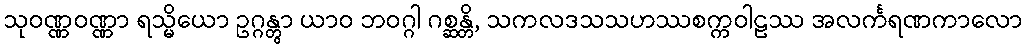
သုဝဏ္ဏဝဏ္ဏာ ရသ္မိယော ဥဂ္ဂန္တွာ ယာဝ ဘဝဂ္ဂါ ဂစ္ဆန္တိ, သကလဒသသဟဿစက္ကဝါဠဿ အလင်္ကရဏကာလော